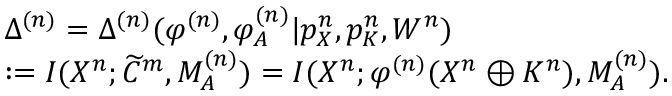
\begin{array} { r l } & { \Delta ^ { ( n ) } = \Delta ^ { ( n ) } ( \varphi ^ { ( n ) } , \varphi _ { \cal A } ^ { ( n ) } | { p } _ { X } ^ { n } , { p } _ { K } ^ { n } , W ^ { n } ) } \\ & { : = I ( X ^ { n } ; \widetilde { C } ^ { m } , M _ { \cal A } ^ { ( n ) } ) = I ( X ^ { n } ; \varphi ^ { ( n ) } ( { { X } ^ { n } } \oplus { { K } ^ { n } } ) , M _ { \cal A } ^ { ( n ) } ) . } \end{array}